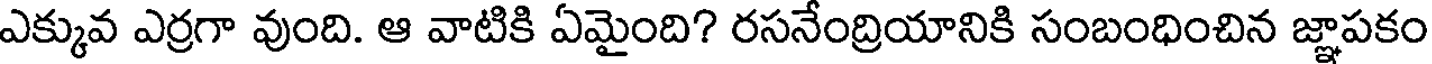
ఎక్కువ ఎర్రగా వుంది. ఆ వాటికి ఏమైంది? రసనేంద్రియానికి సంబంధించిన జ్ఞాపకం